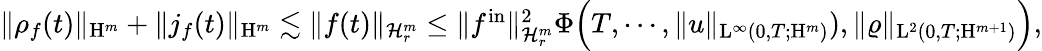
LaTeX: \begin{array}{r}{\Vert\rho_{f}(t)\Vert_{\mathrm{H}^{m}}+\Vert j_{f}(t)\Vert_{\mathrm{H}^{m}}\lesssim\Vert f(t)\Vert_{\mathcal{H}_{r}^{m}}\leq\Vert f^{\mathrm{in}}\Vert_{\mathcal{H}_{r}^{m}}^{2}\Phi\Big(T,\cdots,\Vert u\Vert_{\mathrm{L}^{\infty}(0,T;\mathrm{H}^{m})}),\Vert\varrho\Vert_{\mathrm{L}^{2}(0,T;\mathrm{H}^{m+1})}\Big),}\end{array}